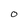
Character: O